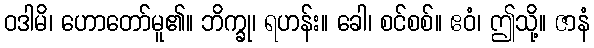
ဝဒါမိ၊ ဟောတော်မူ၏။ ဘိက္ခု၊ ရဟန်း။ ခေါ၊ စင်စစ်။ ဧဝံ၊ ဤသို့။ ဇာနံ